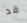
قد